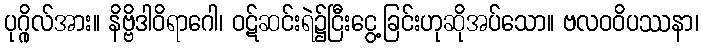
ပုဂ္ဂိုလ်အား။ နိဗ္ဗိဒါဝိရာဂေါ၊ ဝဋ်ဆင်းရဲ၌ငြီးငွေ့ခြင်းဟုဆိုအပ်သော။ ဗလဝဝိပဿနာ၊